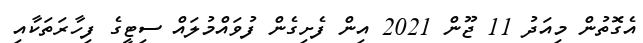
އެގޮތުން މިއަދު 11 ޖޫން 2021 އިން ފެށިގެން ފުވައްމުލައް ސިޓީގެ ފިހާރަތަކާއި